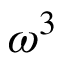
\omega ^ { 3 }